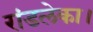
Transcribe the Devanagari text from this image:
रांडलेका।